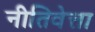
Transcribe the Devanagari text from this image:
नीतिवेत्ता